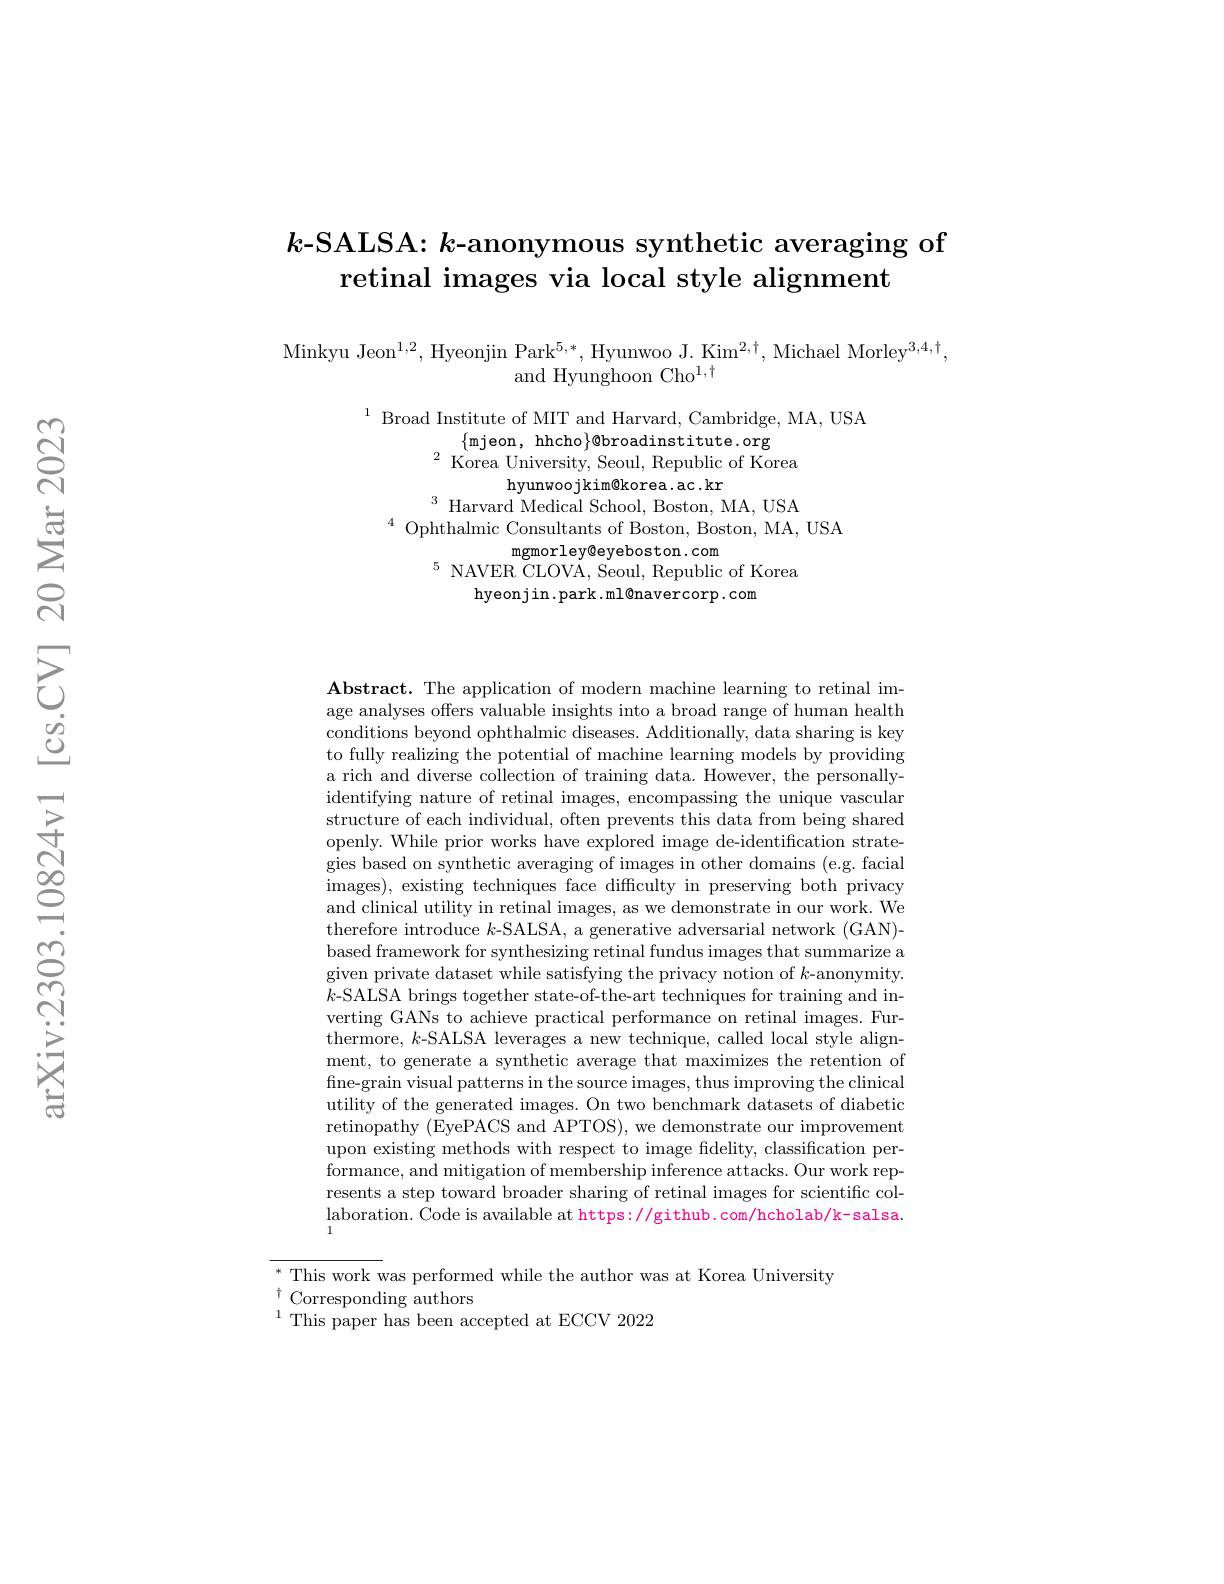
# $k$-SALSA: $k$-anonymous synthetic averaging of retinal images via local style alignment

$\mathrm{Minkyu~Jeon}^{1,2}$,Hyeonjin Park$^5,*$,Hyunwoo J. Kim$^2,\dagger$,Michael Morley$^3,4,\dagger$,
and Hyunghoon Cho$^1,\dagger$

$\begin{aligned}\text{Broad Institute of MIT and Harvard, Cambridge, MA, USA}\\\text{\{mjeon, hhcho\}@broadinstitute.org}\\\text{Korea University, Seoul, Republic of Korea}\\\text{hyunwoojkim@korea.ac.kr}\end{aligned}$
$^{3}$ Harvard Medical School, Boston, MA, USA
$^{4}$ Ophthalmic Consultants of Boston, Boston, MA, USA
mgmorley@eyeboston.com
$^{5}{\mathrm{~NAVER~CLOVA,~Seoul,~Republic~of~Korea}}$
$\operatorname{hyeonj}$in.park.ml$\otimes$navercorp.com

$\mathbf{Abstract.~The~application~of~modern~machine~learning~to~retinal~im-~}$ age analyses offers valuable insights into a broad range of human health conditions beyond ophthalmic diseases. Additionally, data sharing is key to fully realizing the potential of machine learning models by providing a rich and diverse collection of training data. However, the personallyidentifying nature of retinal images, encompassing the unique vascular structure of each individual, often prevents this data from being shared openly. While prior works have explored image de-identification strategies based on synthetic averaging of images in other domains (e.g. facial images), existing techniques face difficulty in preserving both privacy and clinical utility in retinal images, as we demonstrate in our work. We therefore introduce $k$-SALSA, a generative adversarial network (GAN)- based framework for synthesizing retinal fundus images that summarize a given private dataset while satisfying the privacy notion of $k$-anonymity. $k$-SALSA brings together state-of-the-art techniques for training and inverting GANs to achieve practical performance on retinal images. Furthermore, $k$-SALSA leverages a new technique, called local style alignment, to generate a synthetic average that maximizes the retention of fine-grain visual patterns in the source images, thus improving the clinical utility of the generated images. On two benchmark datasets of diabetic retinopathy (EyePACS and APTOS), we demonstrate our improvement upon existing methods with respect to image fidelity, classification performance, and mitigation of membership inference attacks. Our work represents a step toward broader sharing of retinal images for scientific collaboration. Code is available at https: //github.com/hcholab/k-salsa.

${^*\text{This work was performed while the author was at Korea University}}$
$^{\dagger}$Corresponding authors
$^{1}$This paper has been accepted at ECCV 2022